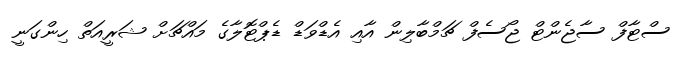
ސްޓާފް ސާޖެންޓް ޖޯސެފް ޗަމްބާލިން އާއި އެޑްވަޑް ޑެޕްޓޮލާގެ މައްޗަށް ޝަރީއަތް ހިންގަނީ